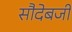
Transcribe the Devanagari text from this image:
सौदेबजी